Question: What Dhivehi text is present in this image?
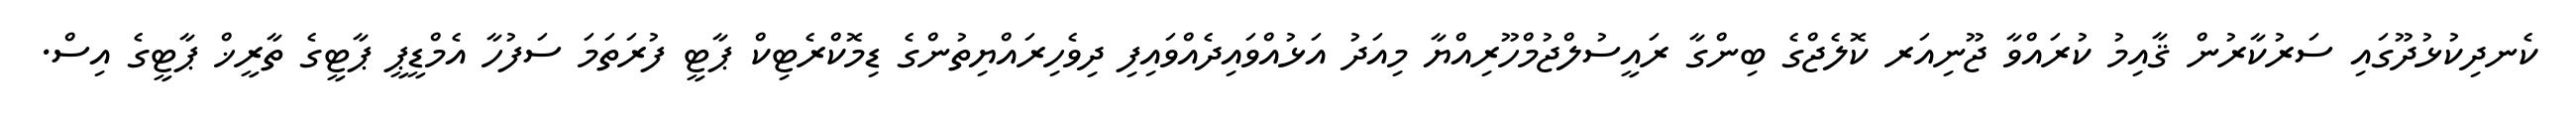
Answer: ކެނދިކުޅުދޫގައި ސަރުކާރުން ޤާއިމު ކުރައްވާ ޖޫނިއަރ ކޮލެޖްގެ ބިންގާ ރައީސުލްޖުމްހޫރިއްޔާ މިއަދު އަޅުއްވައިދެއްވައިފި ދިވެހިރައްޔިތުންގެ ޑިމޮކްރެޓިކް ޕާޓީ ފުރަތަމަ ސަފުހާ އެމްޑީޕީ ޕާޓީގެ ތާރީޚް ޕާޓީގެ އިސް.